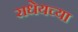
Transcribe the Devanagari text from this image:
राधेयच्या